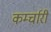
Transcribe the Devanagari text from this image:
कर्म्चारी